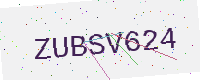
Text: ZUBSV624